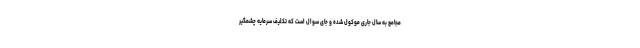
مجامع به سال جاری موکول شده و جای سوال است که تکلیف سرمایه چشمگیر